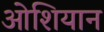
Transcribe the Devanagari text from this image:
ओशियान